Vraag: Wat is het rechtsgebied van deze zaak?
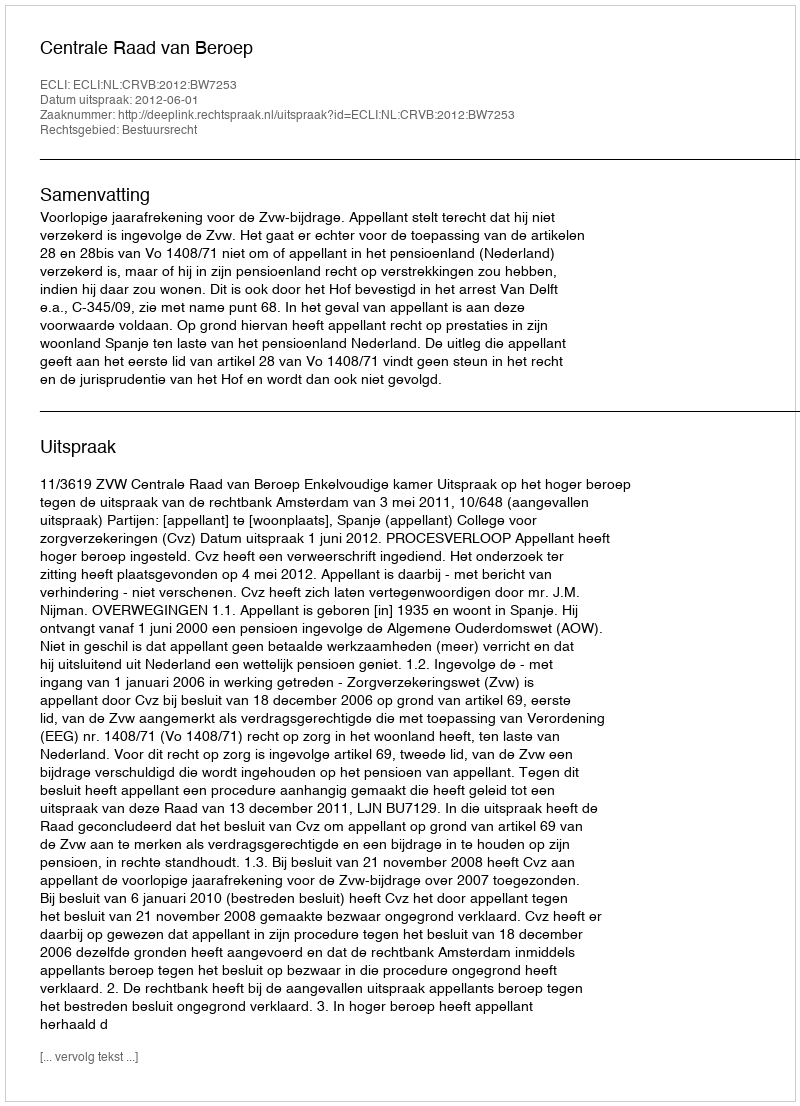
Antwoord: Bestuursrecht